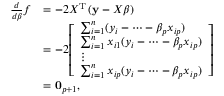
{ \begin{array} { r l } { { \frac { d } { d { \boldsymbol { \beta } } } } f } & { = - 2 X ^ { \operatorname { T } } \left( \mathbf { y } - X { \boldsymbol { \beta } } \right) } \\ & { = - 2 { \left[ \begin{array} { l } { \sum _ { i = 1 } ^ { n } ( y _ { i } - \dots - \beta _ { p } x _ { i p } ) } \\ { \sum _ { i = 1 } ^ { n } x _ { i 1 } ( y _ { i } - \dots - \beta _ { p } x _ { i p } ) } \\ { \vdots } \\ { \sum _ { i = 1 } ^ { n } x _ { i p } ( y _ { i } - \dots - \beta _ { p } x _ { i p } ) } \end{array} \right] } } \\ & { = \mathbf { 0 } _ { p + 1 } , } \end{array} }